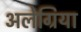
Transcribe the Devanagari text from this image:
अलेग्रिया